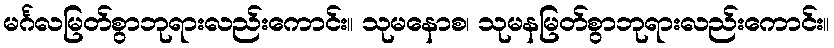
မင်္ဂလမြတ်စွာဘုရားလည်းကောင်း။ သုမနောစ၊ သုမနမြတ်စွာဘုရားလည်းကောင်း။